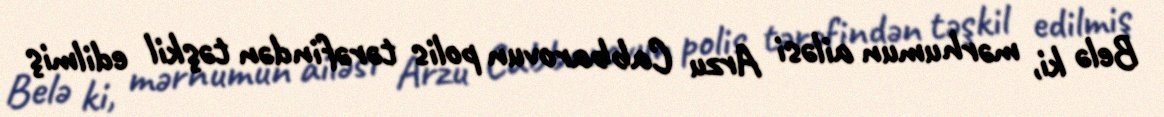
Belə ki, mərhumun ailəsi Arzu Cabbarovun polis tərəfindən təşkil edilmiş